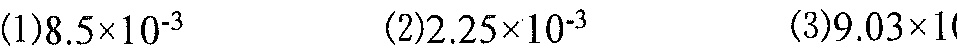
(1)$8.5\times 10^{-3}$\hspace{3em}(2)$2.25\times 10^{-3}$\hspace{3em}(3)$9.03\times 10$（图中第三个式子未显示完整）